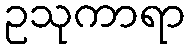
ဥသုကာရာ